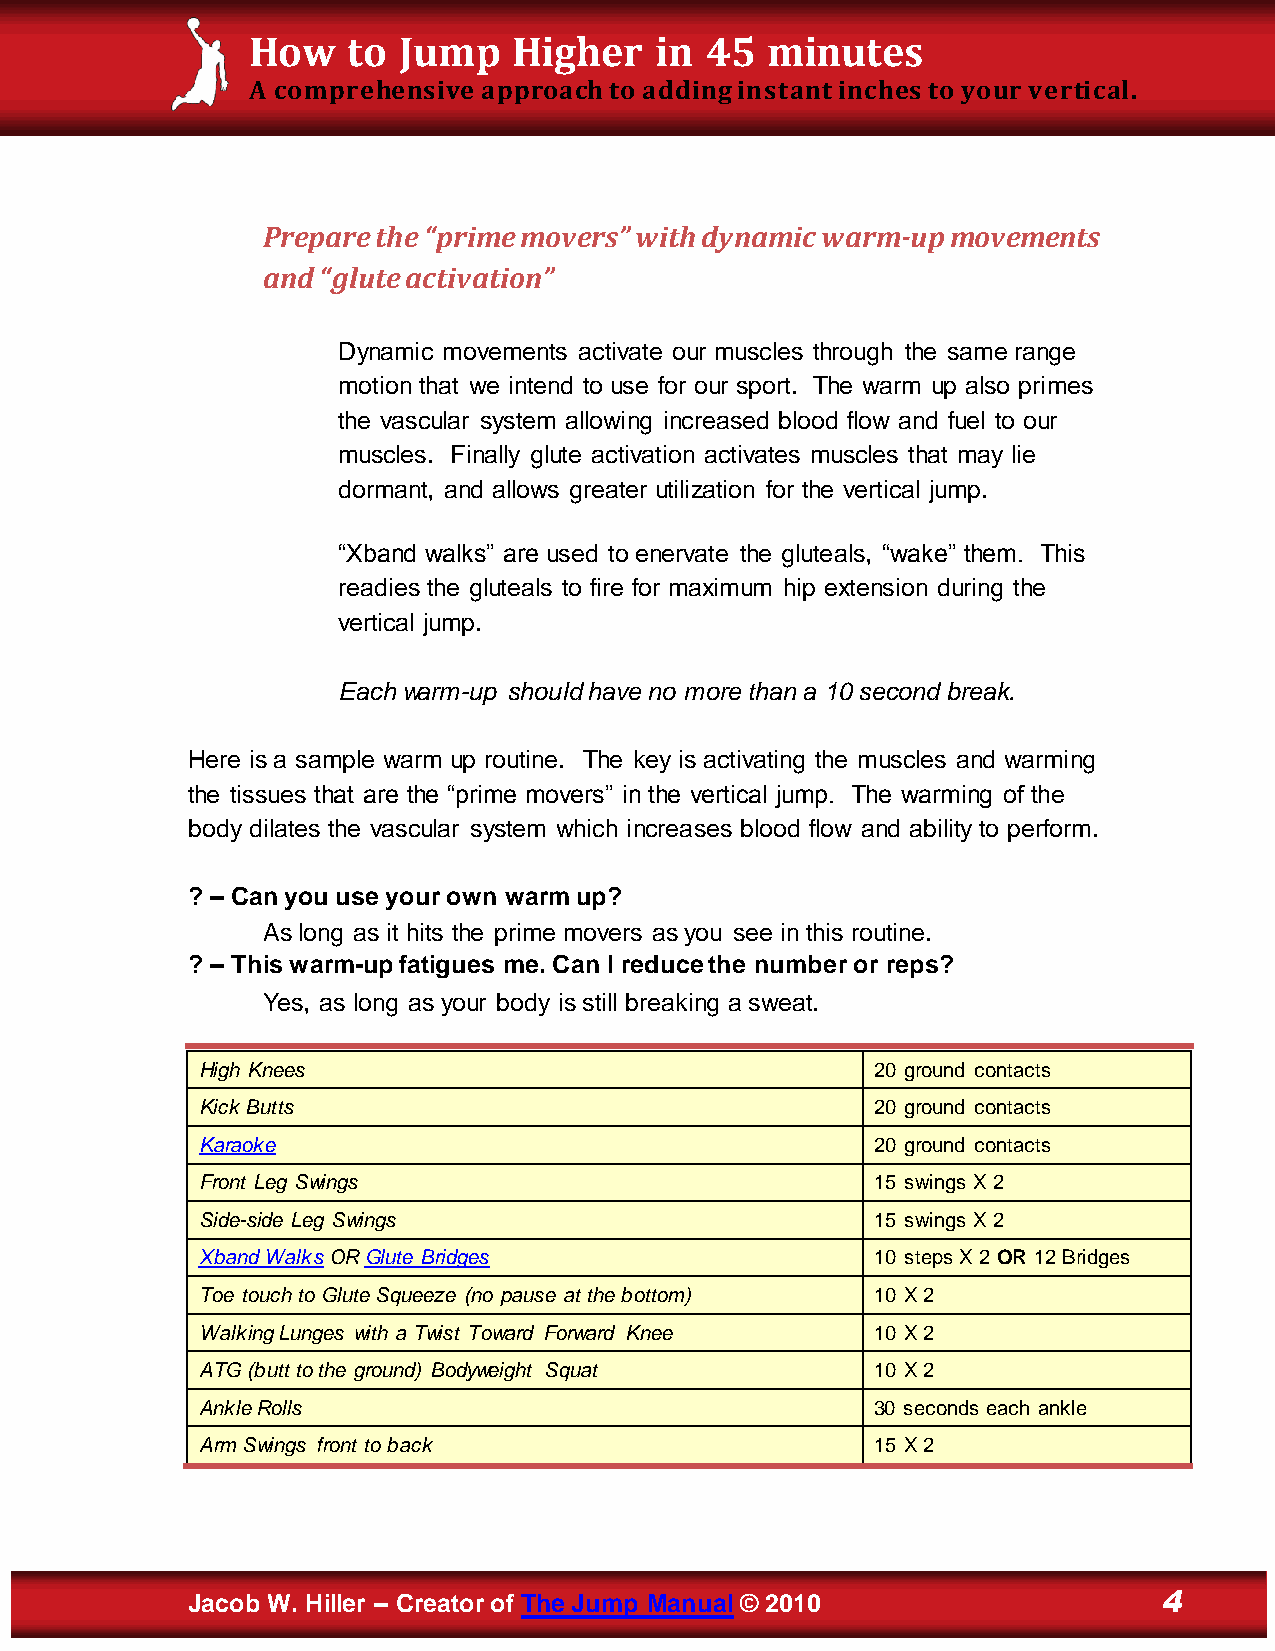
How    to Jump    Higher   in  45  minutes
 A comprehensive approach to adding instant inches to your vertical.
 Prepare the “prime movers” with dynamic warm-up movements
 and “glute activation”
 Dynamic movements activate our muscles through the same range
 motion that we intend to use for our sport. The warm up also primes
 the vascular system allowing increased blood flow and fuel to our
 muscles. Finally glute activation activates muscles that may lie
 dormant, and allows greater utilization for the vertical jump.
 “Xband walks” are used to enervate the gluteals, “wake” them. This
 readies the gluteals to fire for maximum hip extension during the
 vertical jump.
 Each warm-up should have no more than a 10 second break.
 Here is a sample warm up routine. The key is activating the muscles and warming
 the tissues that are the “prime movers” in the vertical jump. The warming of the
 body dilates the vascular system which increases blood flow and ability to perform.
 ? – Can you use your own warm up?
 As long as it hits the prime movers as you see in this routine.
 ? – This warm-up fatigues me. Can I reduce the number or reps?
 Yes, as long as your body is still breaking a sweat.
 High Knees                                   20 ground contacts
 Kick Butts                                   20 ground contacts
 Karaoke                                      20 ground contacts
 Front Leg Swings                             15 swings X 2
 Side-side Leg Swings                         15 swings X 2
 Xband Walks OR Glute Bridges                 10 steps X 2 OR 12 Bridges
 Toe touch to Glute Squeeze (no pause at the bottom) 10 X 2
 Walking Lunges with a Twist Toward Forward Knee 10 X 2
 ATG (butt to the ground) Bodyweight Squat    10 X 2
 Ankle Rolls                                  30 seconds each ankle
 Arm Swings front to back                     15 X 2
 Jacob W. Hiller – Creator of The Jump Manual © 2010              4